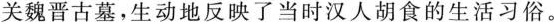
关魏晋古墓，生动地反映了当时汉人胡食的生活习俗。